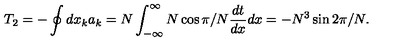
T _ { 2 } = - \oint d x _ { k } a _ { k } = N \int _ { - \infty } ^ { \infty } N \cos \pi / N \frac { d t } { d x } d x = - N ^ { 3 } \sin 2 \pi / N .